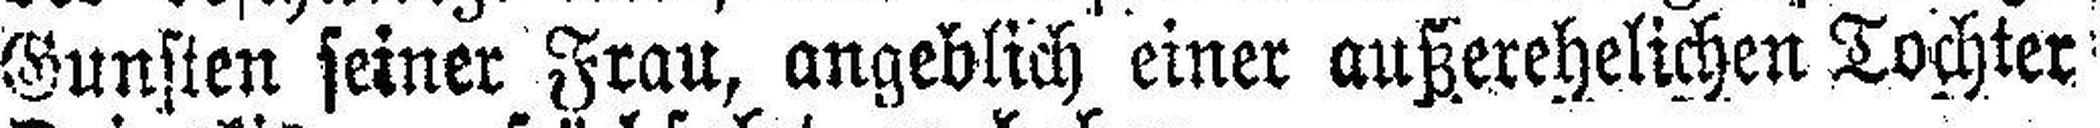
Gunsten seiner Frau, angeblich einer außerehelichen Tochter